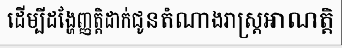
ដើម្បីដង្ហែញ្ញត្តិដាក់ជូនតំណាងរាស្ត្រអាណត្តិ